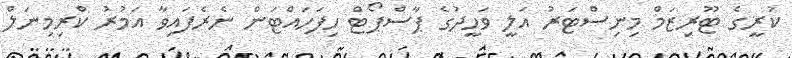
ކުރީގެ ޓޫރިޒަމް މިނިސްޓަރު އަލީ ވަހީދުގެ ޕާސްޕޯޓް ހިފަހައްޓަން ނެރެފައިވާ އަމުރު ކްރިމިނަލް